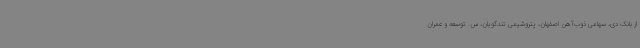
از بانک دی، سهامی ذوب‌آهن اصفهان، پتروشیمی تندگویان، س. توسعه و عمران